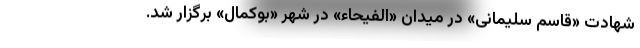
شهادت «قاسم سلیمانی» در میدان «الفیحاء» در شهر «بوکمال» برگزار شد.